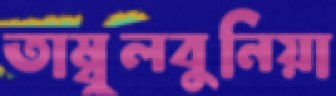
তাম্বুলবুনিয়া